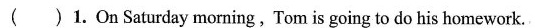
( )1. On Saturday morning,Tom is going to do his homework.